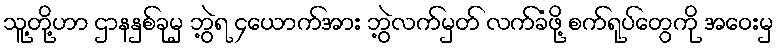
သူ့တို့ဟာ ဌာနနှစ်ခုမှ ဘွဲ့ရ ၄ယောက်အား ဘွဲ့လက်မှတ် လက်ခံဖို့ စက်ရုပ်တွေကို အဝေးမှ